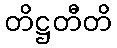
တိဋ္ဌတီတိ